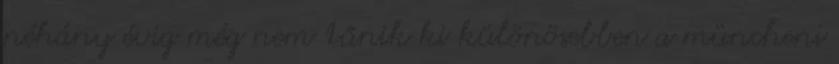
néhány évig még nem tűnik ki különösebben a müncheni